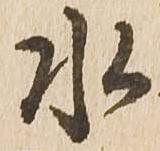
水